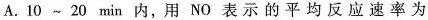
A.10~20min内，用NO表示的平均反应速率为